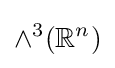
\wedge ^{3}(\mathbb {R} ^{n})